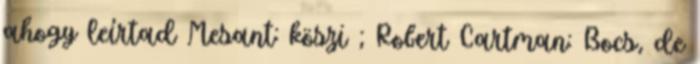
ahogy leírtad Mesant: köszi ; Robert Cartman: Bocs, de